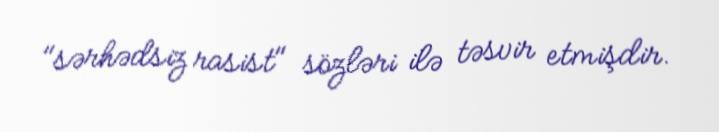
"sərhədsiz rasist" sözləri ilə təsvir etmişdir.